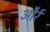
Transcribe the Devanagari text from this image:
और्र